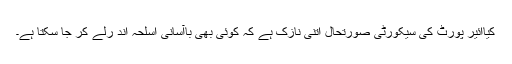
کیاائیر پورٹ کی سیکورٹی صورتحال اتنی نازک ہے کہ کوئی بھی باآسانی اسلحہ اند رلے کر جا سکتا ہے۔